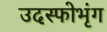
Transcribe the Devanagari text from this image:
उदस्फोभृंग